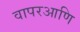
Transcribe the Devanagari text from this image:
वापरआणि